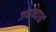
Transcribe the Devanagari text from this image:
जबाबदार्या